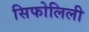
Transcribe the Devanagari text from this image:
सिफोलिली